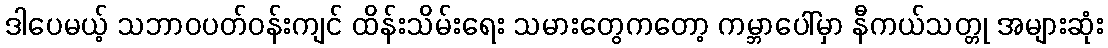
ဒါပေမယ့် သဘာဝပတ်ဝန်းကျင် ထိန်းသိမ်းရေး သမားတွေကတော့ ကမ္ဘာပေါ်မှာ နီကယ်သတ္တု အများဆုံး